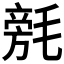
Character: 𣯟